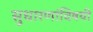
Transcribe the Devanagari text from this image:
सुधारणांविषयी